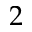
2